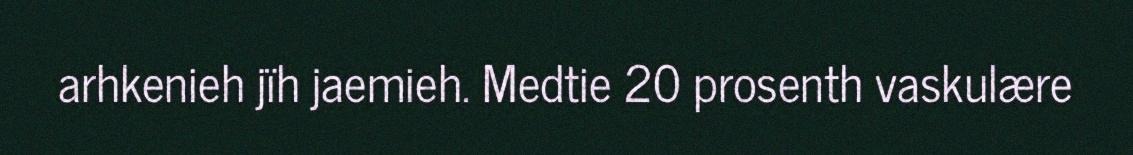
arhkenieh jïh jaemieh. Medtie 20 prosenth vaskulære